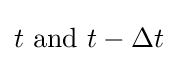
t{\text{ and }}t-\Delta t